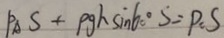
P _ { A } S + \rho g h \sin 6 0 ^ { \circ } S = P : S